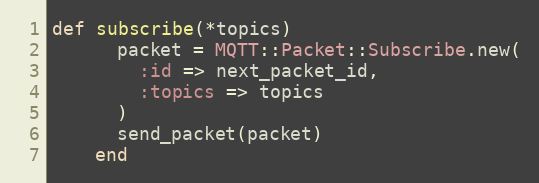
Language: Ruby
def subscribe(*topics)
      packet = MQTT::Packet::Subscribe.new(
        :id => next_packet_id,
        :topics => topics
      )
      send_packet(packet)
    end